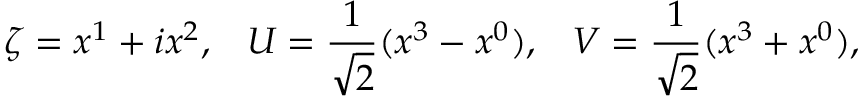
\zeta = x ^ { 1 } + i x ^ { 2 } , \; \; \; { U } = \frac { 1 } { \sqrt { 2 } } ( x ^ { 3 } - x ^ { 0 } ) , \; \; \; { V } = \frac { 1 } { \sqrt { 2 } } ( x ^ { 3 } + x ^ { 0 } ) ,